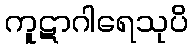
ကူဋာဂါရေသုပိ